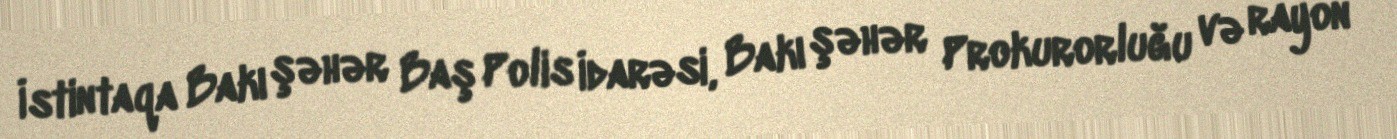
İstintaqa Bakı şəhər Baş Polis İdarəsi, Bakı şəhər Prokurorluğu və rayon